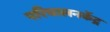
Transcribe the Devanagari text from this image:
परिचालनकेंद्र